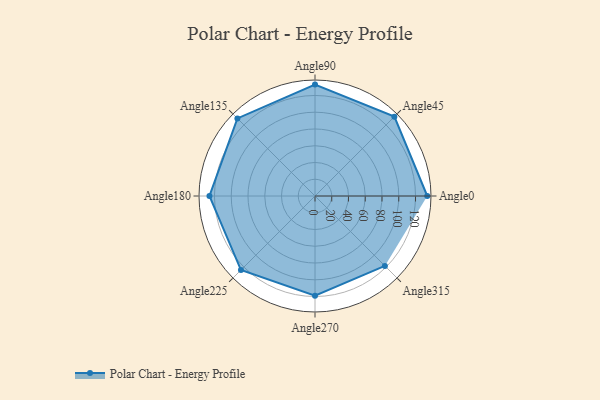
{"axis": {"x": "Angle", "y": "Radius"}, "legend": [""], "data": [{"x": "Angle0", "y": 134.0, "type": ""}, {"x": "Angle45", "y": 134.0, "type": ""}, {"x": "Angle90", "y": 133.0, "type": ""}, {"x": "Angle135", "y": 131.0, "type": ""}, {"x": "Angle180", "y": 126.0, "type": ""}, {"x": "Angle225", "y": 125.0, "type": ""}, {"x": "Angle270", "y": 119.0, "type": ""}, {"x": "Angle315", "y": 118.0, "type": ""}]}